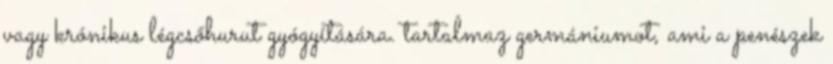
vagy krónikus légcsőhurut gyógyítására. tartalmaz germániumot, ami a penészek